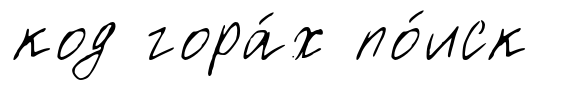
код гора́х по́иск